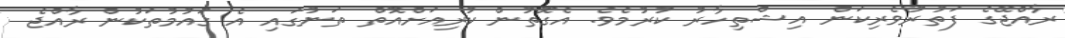
ރާއްޖޭގެ ފަތުރުވެރިކަން އިޝްތިހާރު ކުރުމެވެ. އެގޮތުން ކުރިއަށްއޮތް ތަނުގައި އެ ގައުމުތަކުން ރާއްޖެ